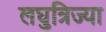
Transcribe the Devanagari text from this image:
लघुत्रिज्या